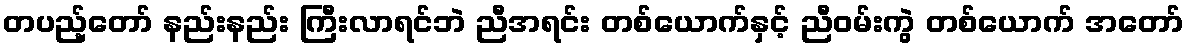
တပည့်တော် နည်းနည်း ကြီးလာရင်ဘဲ ညီအရင်း တစ်ယောက်နှင့် ညီဝမ်းကွဲ တစ်ယောက် အတော်